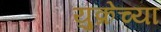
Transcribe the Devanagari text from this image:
युक्रेच्या